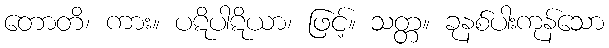
တောတိ၊ ကား။ ပဋိပါဋိယာ၊ ဖြင့်။ သတ္တ။ ခုနစ်ပါးကုန်သော